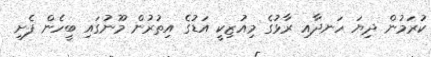
ކުރަމުން ދިޔަ ހަނދާއި ރާޅުގެ މިއުޒިކީ އަޑުގެ އިތުރުން މޫނުގައި ބީހެން ފެށި